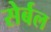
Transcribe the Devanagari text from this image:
सेर्बल